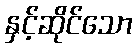
နှင့်ဆိုင်သော